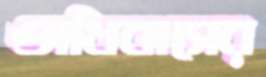
অধিবাসের